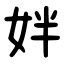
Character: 姅